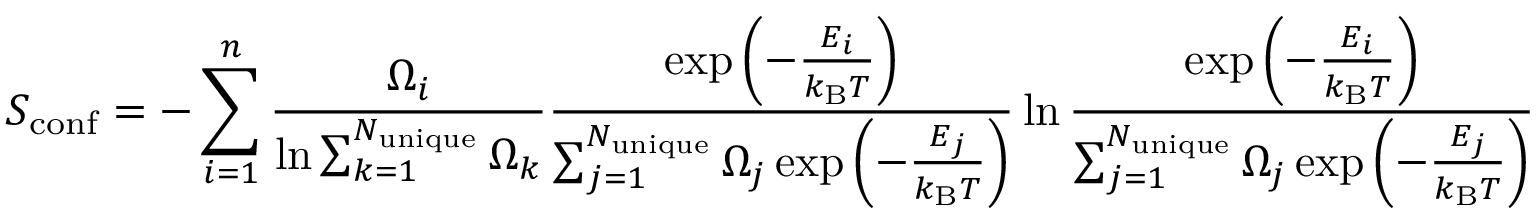
S _ { \mathrm { c o n f } } = - \sum _ { i = 1 } ^ { n } \frac { \Omega _ { i } } { \ln { \sum _ { k = 1 } ^ { N _ { \mathrm { u n i q u e } } } \Omega _ { k } } } \frac { \exp { \left( - \frac { E _ { i } } { k _ { \mathrm { B } } T } \right) } } { \sum _ { j = 1 } ^ { N _ { \mathrm { u n i q u e } } } \Omega _ { j } \exp { \left( - \frac { E _ { j } } { k _ { \mathrm { B } } T } \right) } } \ln { \frac { \exp { \left( - \frac { E _ { i } } { k _ { \mathrm { B } } T } \right) } } { \sum _ { j = 1 } ^ { N _ { \mathrm { u n i q u e } } } \Omega _ { j } \exp { \left( - \frac { E _ { j } } { k _ { \mathrm { B } } T } \right) } } }